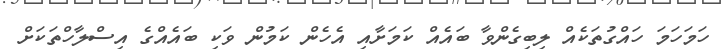
ހަމަހަމަ ހައްގުތަކެއް ލިބިގެންވާ ބައެއް ކަމަށާއި އެހެން ކަމުން ވަކި ބައެއްގެ އިސްލާހްތަކަށް